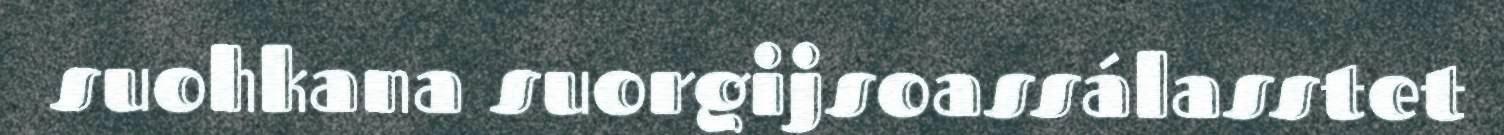
suohkana suorgijsoassálasstet